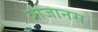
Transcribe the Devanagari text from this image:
त्राजानस